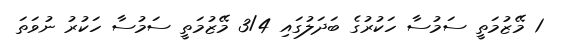
1 މޭޒުމަތީ ސަމުސާ ހަކުރުގެ ބަދަލުގައި 3/4 މޭޒުމަތީ ސަމުސާ ހަކުރު ނުވަތަ